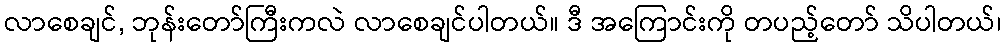
လာစေချင်, ဘုန်းတော်ကြီးကလဲ လာစေချင်ပါတယ်။ ဒီ အကြောင်းကို တပည့်တော် သိပါတယ်၊